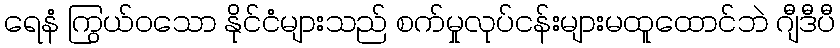
ရေနံ ကြွယ်ဝသော နိုင်ငံများသည် စက်မှုလုပ်ငန်းများမထူထောင်ဘဲ ဂျီဒီပီ